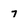
Character: 7